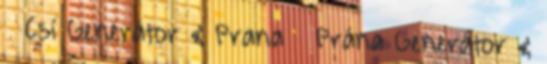
Csí Generátor & Prana Prána Generátor &